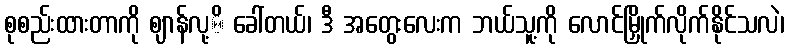
စုစည်းထားတာကို ဈာန်လု့ိ ခေါ်တယ်၊ ဒီ အတွေးလေးက ဘယ်သူ့ကို လောင်မြှိုက်လိုက်နိုင်သလဲ၊